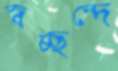
স্বচ্ছন্দে